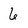
Character: 6